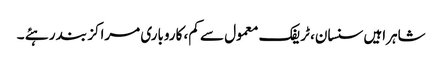
شاہراہیں سنسان، ٹریفک معمول سے کم، کاروباری مراکز بند رہئے ۔